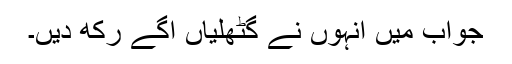
جواب میں انہوں نے گٹھلیاں آگے رکھ دیں۔